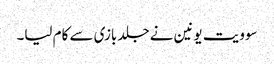
سوویت یونین نے جلد بازی سے کام لیا۔